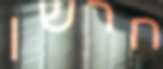
חרשן